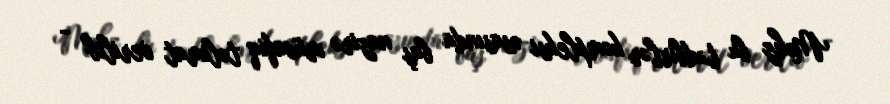
Məhz bu tədbirlər kompleksi əsasında baş nazirə müvafiq təlimat verilib" -